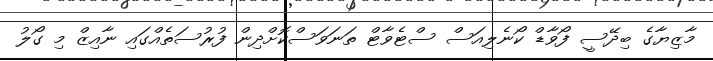
މާޒިޔާގެ ބިދޭސީ ފޯވާޑް ކޯނެލިއަސް ސްޓެވާޓް ތަނަވަސްކޮށްދިން ފުރުސަތެއްގައި ނާއިޒް މި ގޯލު